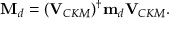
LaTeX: { \mathbf M } _ { d } = ( { \mathbf V } _ { C K M } ) ^ { \dagger } { \mathbf m } _ { d } { \mathbf V } _ { C K M } .